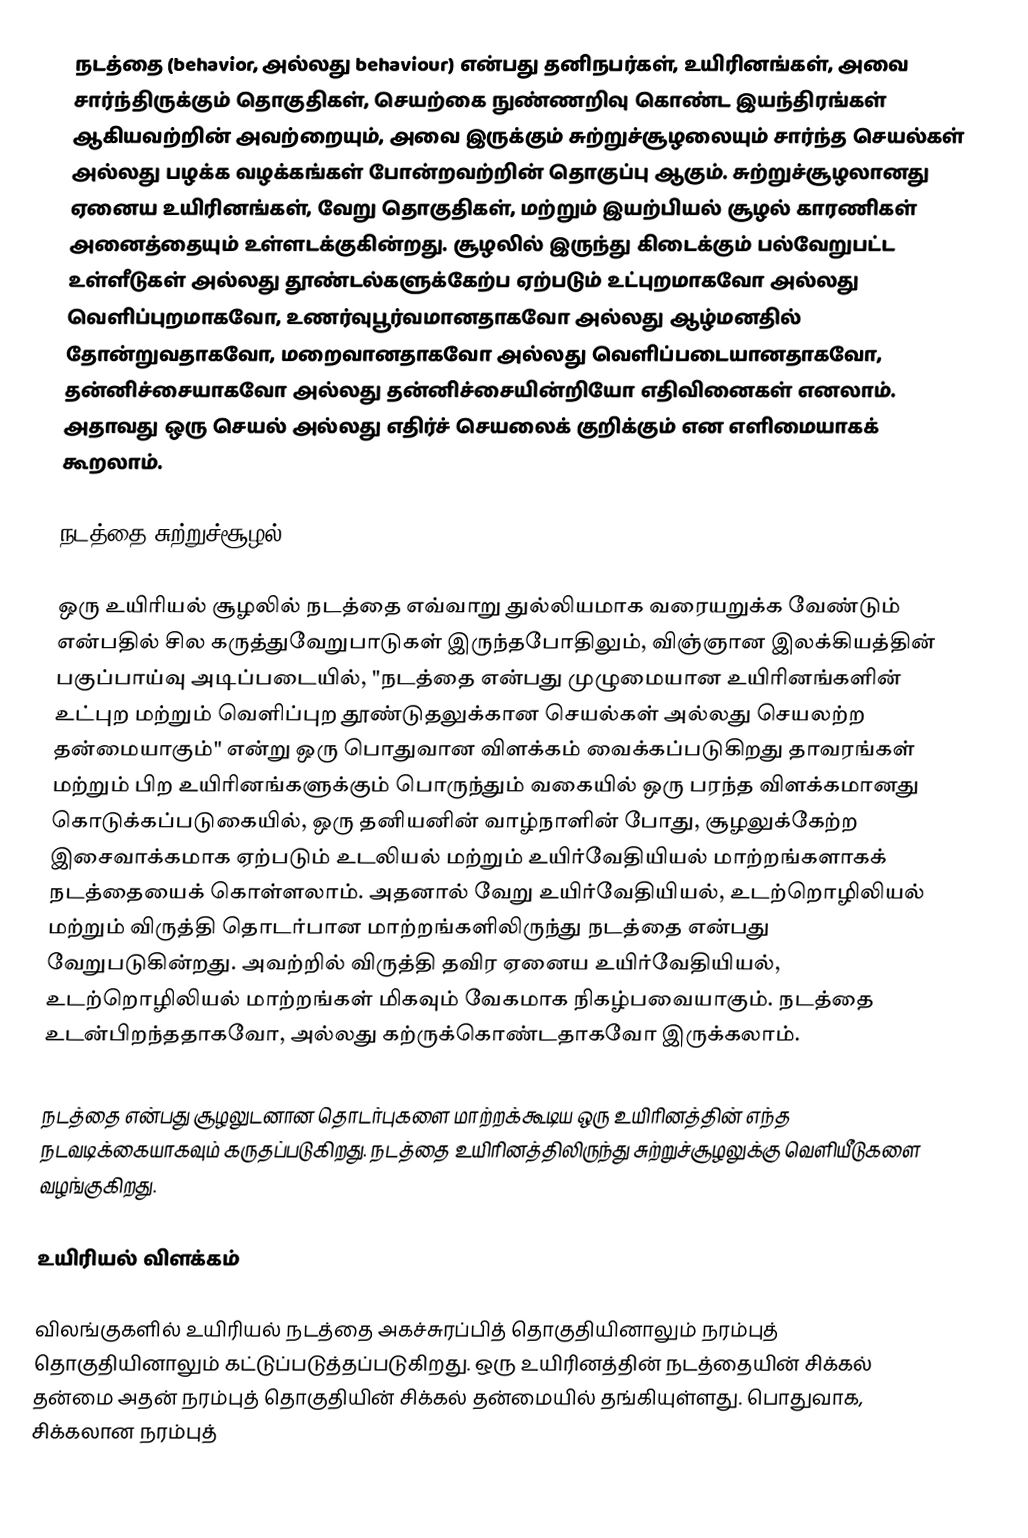
நடத்தை (behavior, அல்லது behaviour) என்பது தனிநபர்கள், உயிரினங்கள், அவை சார்ந்திருக்கும் தொகுதிகள், செயற்கை நுண்ணறிவு கொண்ட இயந்திரங்கள் ஆகியவற்றின் அவற்றையும், அவை இருக்கும் சுற்றுச்சூழலையும் சார்ந்த செயல்கள் அல்லது பழக்க வழக்கங்கள் போன்றவற்றின் தொகுப்பு ஆகும். சுற்றுச்சூழலானது ஏனைய உயிரினங்கள், வேறு தொகுதிகள், மற்றும் இயற்பியல் சூழல் காரணிகள் அனைத்தையும் உள்ளடக்குகின்றது. சூழலில் இருந்து கிடைக்கும் பல்வேறுபட்ட உள்ளீடுகள் அல்லது தூண்டல்களுக்கேற்ப ஏற்படும் உட்புறமாகவோ அல்லது வெளிப்புறமாகவோ, உணர்வுபூர்வமானதாகவோ அல்லது ஆழ்மனதில் தோன்றுவதாகவோ, மறைவானதாகவோ அல்லது வெளிப்படையானதாகவோ, தன்னிச்சையாகவோ அல்லது தன்னிச்சையின்றியோ எதிவினைகள் எனலாம். அதாவது ஒரு செயல் அல்லது எதிர்ச் செயலைக் குறிக்கும் என எளிமையாகக் கூறலாம்.

நடத்தை சுற்றுச்சூழல்

ஒரு உயிரியல் சூழலில் நடத்தை எவ்வாறு துல்லியமாக வரையறுக்க வேண்டும் என்பதில் சில கருத்துவேறுபாடுகள் இருந்தபோதிலும், விஞ்ஞான இலக்கியத்தின் பகுப்பாய்வு அடிப்படையில், "நடத்தை என்பது முழுமையான உயிரினங்களின் உட்புற  மற்றும் வெளிப்புற தூண்டுதலுக்கான செயல்கள் அல்லது செயலற்ற தன்மையாகும்" என்று ஒரு பொதுவான விளக்கம் வைக்கப்படுகிறது தாவரங்கள் மற்றும் பிற உயிரினங்களுக்கும் பொருந்தும் வகையில் ஒரு பரந்த விளக்கமானது கொடுக்கப்படுகையில், ஒரு தனியனின் வாழ்நாளின் போது, சூழலுக்கேற்ற இசைவாக்கமாக ஏற்படும் உடலியல் மற்றும் உயிர்வேதியியல் மாற்றங்களாகக் நடத்தையைக் கொள்ளலாம். அதனால் வேறு உயிர்வேதியியல், உடற்றொழிலியல் மற்றும் விருத்தி தொடர்பான மாற்றங்களிலிருந்து நடத்தை என்பது வேறுபடுகின்றது. அவற்றில் விருத்தி தவிர ஏனைய உயிர்வேதியியல், உடற்றொழிலியல் மாற்றங்கள் மிகவும் வேகமாக நிகழ்பவையாகும். நடத்தை உடன்பிறந்ததாகவோ, அல்லது கற்ருக்கொண்டதாகவோ இருக்கலாம்.

நடத்தை என்பது சூழலுடனான தொடர்புகளை மாற்றக்கூடிய ஒரு உயிரினத்தின் எந்த நடவடிக்கையாகவும் கருதப்படுகிறது. நடத்தை உயிரினத்திலிருந்து சுற்றுச்சூழலுக்கு வெளியீடுகளை வழங்குகிறது.

உயிரியல் விளக்கம்

விலங்குகளில் உயிரியல் நடத்தை அகச்சுரப்பித் தொகுதியினாலும் நரம்புத் தொகுதியினாலும் கட்டுப்படுத்தப்படுகிறது. ஒரு உயிரினத்தின் நடத்தையின் சிக்கல் தன்மை அதன் நரம்புத் தொகுதியின் சிக்கல் தன்மையில் தங்கியுள்ளது. பொதுவாக, சிக்கலான நரம்புத்